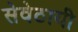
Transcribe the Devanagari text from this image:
सेवेठायी